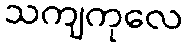
သကျကုလေ